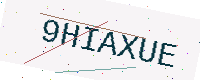
Text: 9HIAXUE